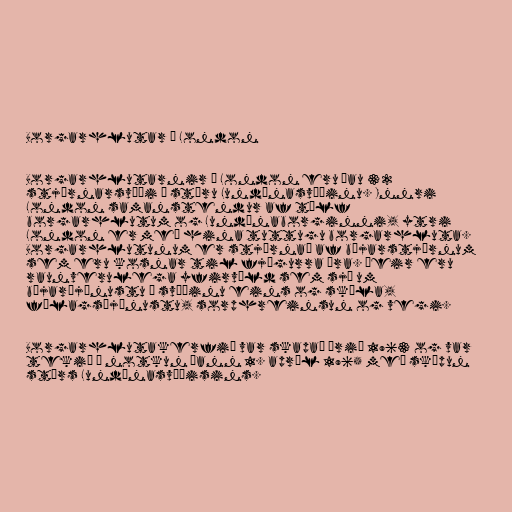
Borgarhlutar í London

Borgarhlutarnir í London eru þau 32
stjórnarsvæði í stóru Lundúnasvæðinu. Innri
London samanstendur af tólf
borgarhlutum og Lundúnaborginni, ytri
London er með hina tuttugu borgarhluta.
Borgarhlutunum er stjórnað af bæjarstjórnum
sem eru kosnar til fjögurra ára. Þeir eru
raunverulega yfirvöld sem sjá um
bæjarþjónustu á svæðinu eins og skóla,
félagsþjónustu, sorphreinsun og vegi.

Borgarhlutakerfið var skapað árið 1963 og var
tekið í notkun þann 1. apríl 1965 með sköpun
stórs Lundúnasvæðisins.